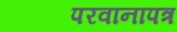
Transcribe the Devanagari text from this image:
परवानापत्र